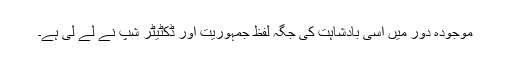
موجودہ دور میں اسی بادشاہت کی جگہ لفظِ جمہوریت اور ڈکٹیٹر شپ نے لے لی ہے۔